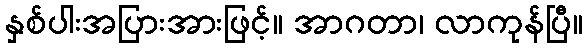
နှစ်ပါးအပြားအားဖြင့်။ အာဂတာ၊ လာကုန်ပြီ။